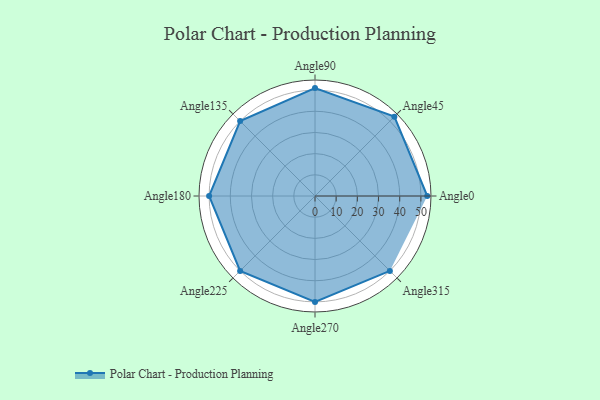
{"axis": {"x": "Angle", "y": "Radius"}, "legend": [""], "data": [{"x": "Angle0", "y": 53.0, "type": ""}, {"x": "Angle45", "y": 53.0, "type": ""}, {"x": "Angle90", "y": 51.0, "type": ""}, {"x": "Angle135", "y": 50, "type": ""}, {"x": "Angle180", "y": 50, "type": ""}, {"x": "Angle225", "y": 50, "type": ""}, {"x": "Angle270", "y": 50, "type": ""}, {"x": "Angle315", "y": 50, "type": ""}]}